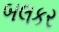
બલકર